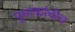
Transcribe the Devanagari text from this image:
पुस्तकांचीच